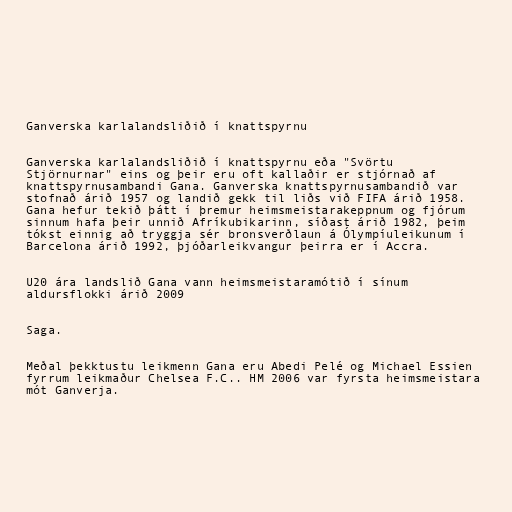
Ganverska karlalandsliðið í knattspyrnu

Ganverska karlalandsliðið í knattspyrnu eða "Svörtu
Stjörnurnar" eins og þeir eru oft kallaðir er stjórnað af
knattspyrnusambandi Gana. Ganverska knattspyrnusambandið var
stofnað árið 1957 og landið gekk til liðs við FIFA árið 1958.
Gana hefur tekið þátt í þremur heimsmeistarakeppnum og fjórum
sinnum hafa þeir unnið Afríkubikarinn, síðast árið 1982, þeim
tókst einnig að tryggja sér bronsverðlaun á Ólympíuleikunum í
Barcelona árið 1992, þjóðarleikvangur þeirra er í Accra.

U20 ára landslið Gana vann heimsmeistaramótið í sínum
aldursflokki árið 2009

Saga.

Meðal þekktustu leikmenn Gana eru Abedi Pelé og Michael Essien
fyrrum leikmaður Chelsea F.C.. HM 2006 var fyrsta heimsmeistara
mót Ganverja.